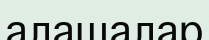
алашалар